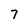
Character: 7